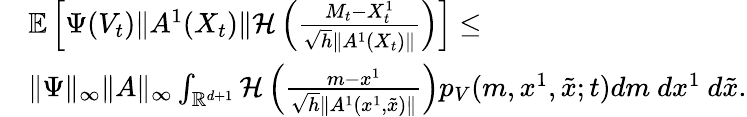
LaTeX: \begin{array}{rl}&{{\mathbb E}\left[\Psi(V_{t})\| A^{1}(X_{t})\| {\mathcal H}\left(\frac{M_{t}-{X_{t}^{1}}}{\sqrt{h}\| A^{1}(X_{t})\| }\right)\right]\leq}\\ &{\| \Psi\| _{\infty}\| A\| _{\infty}\int_{{\mathbb R}^{d+1}}{\mathcal H}\left(\frac{m-x^{1}}{\sqrt{h}\| A^{1}(x^{1},\tilde{x})\| }\right)p_{V}(m,x^{1},\tilde{x};t)dm~dx^{1}~d\tilde{x}.}\end{array}